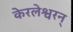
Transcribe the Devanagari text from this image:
केरलेश्वरन्